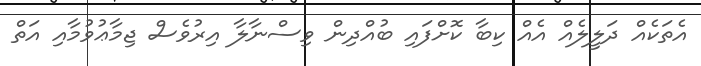
އެތަކެއް ދަލީލެއް އެއް ކިބާ ކޮށްފައި ބުއްދިން ވިސްނާލާ އިރުވެސް ޖިމާޢުވުމާއި އަތް